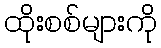
ထိုးစစ်များကို